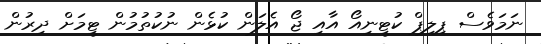
ނަމަވެސް ޕިލިޕް ކުޓީނިއޯ އާއި ޖޯ އެލަން ކުޅެން ނުކުތުމުން ޓީމަށް ދިރުން